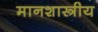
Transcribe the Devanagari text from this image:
मानशास्त्रीय